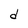
Character: d